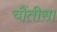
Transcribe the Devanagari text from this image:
चौंतीसा